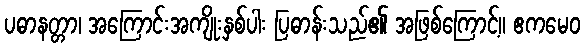
ပဓာနတ္တာ၊ အကြောင်းအကျိုးနှစ်ပါး ပြဓာန်းသည်၏ အဖြစ်ကြောင့်။ ဧကမေဝ